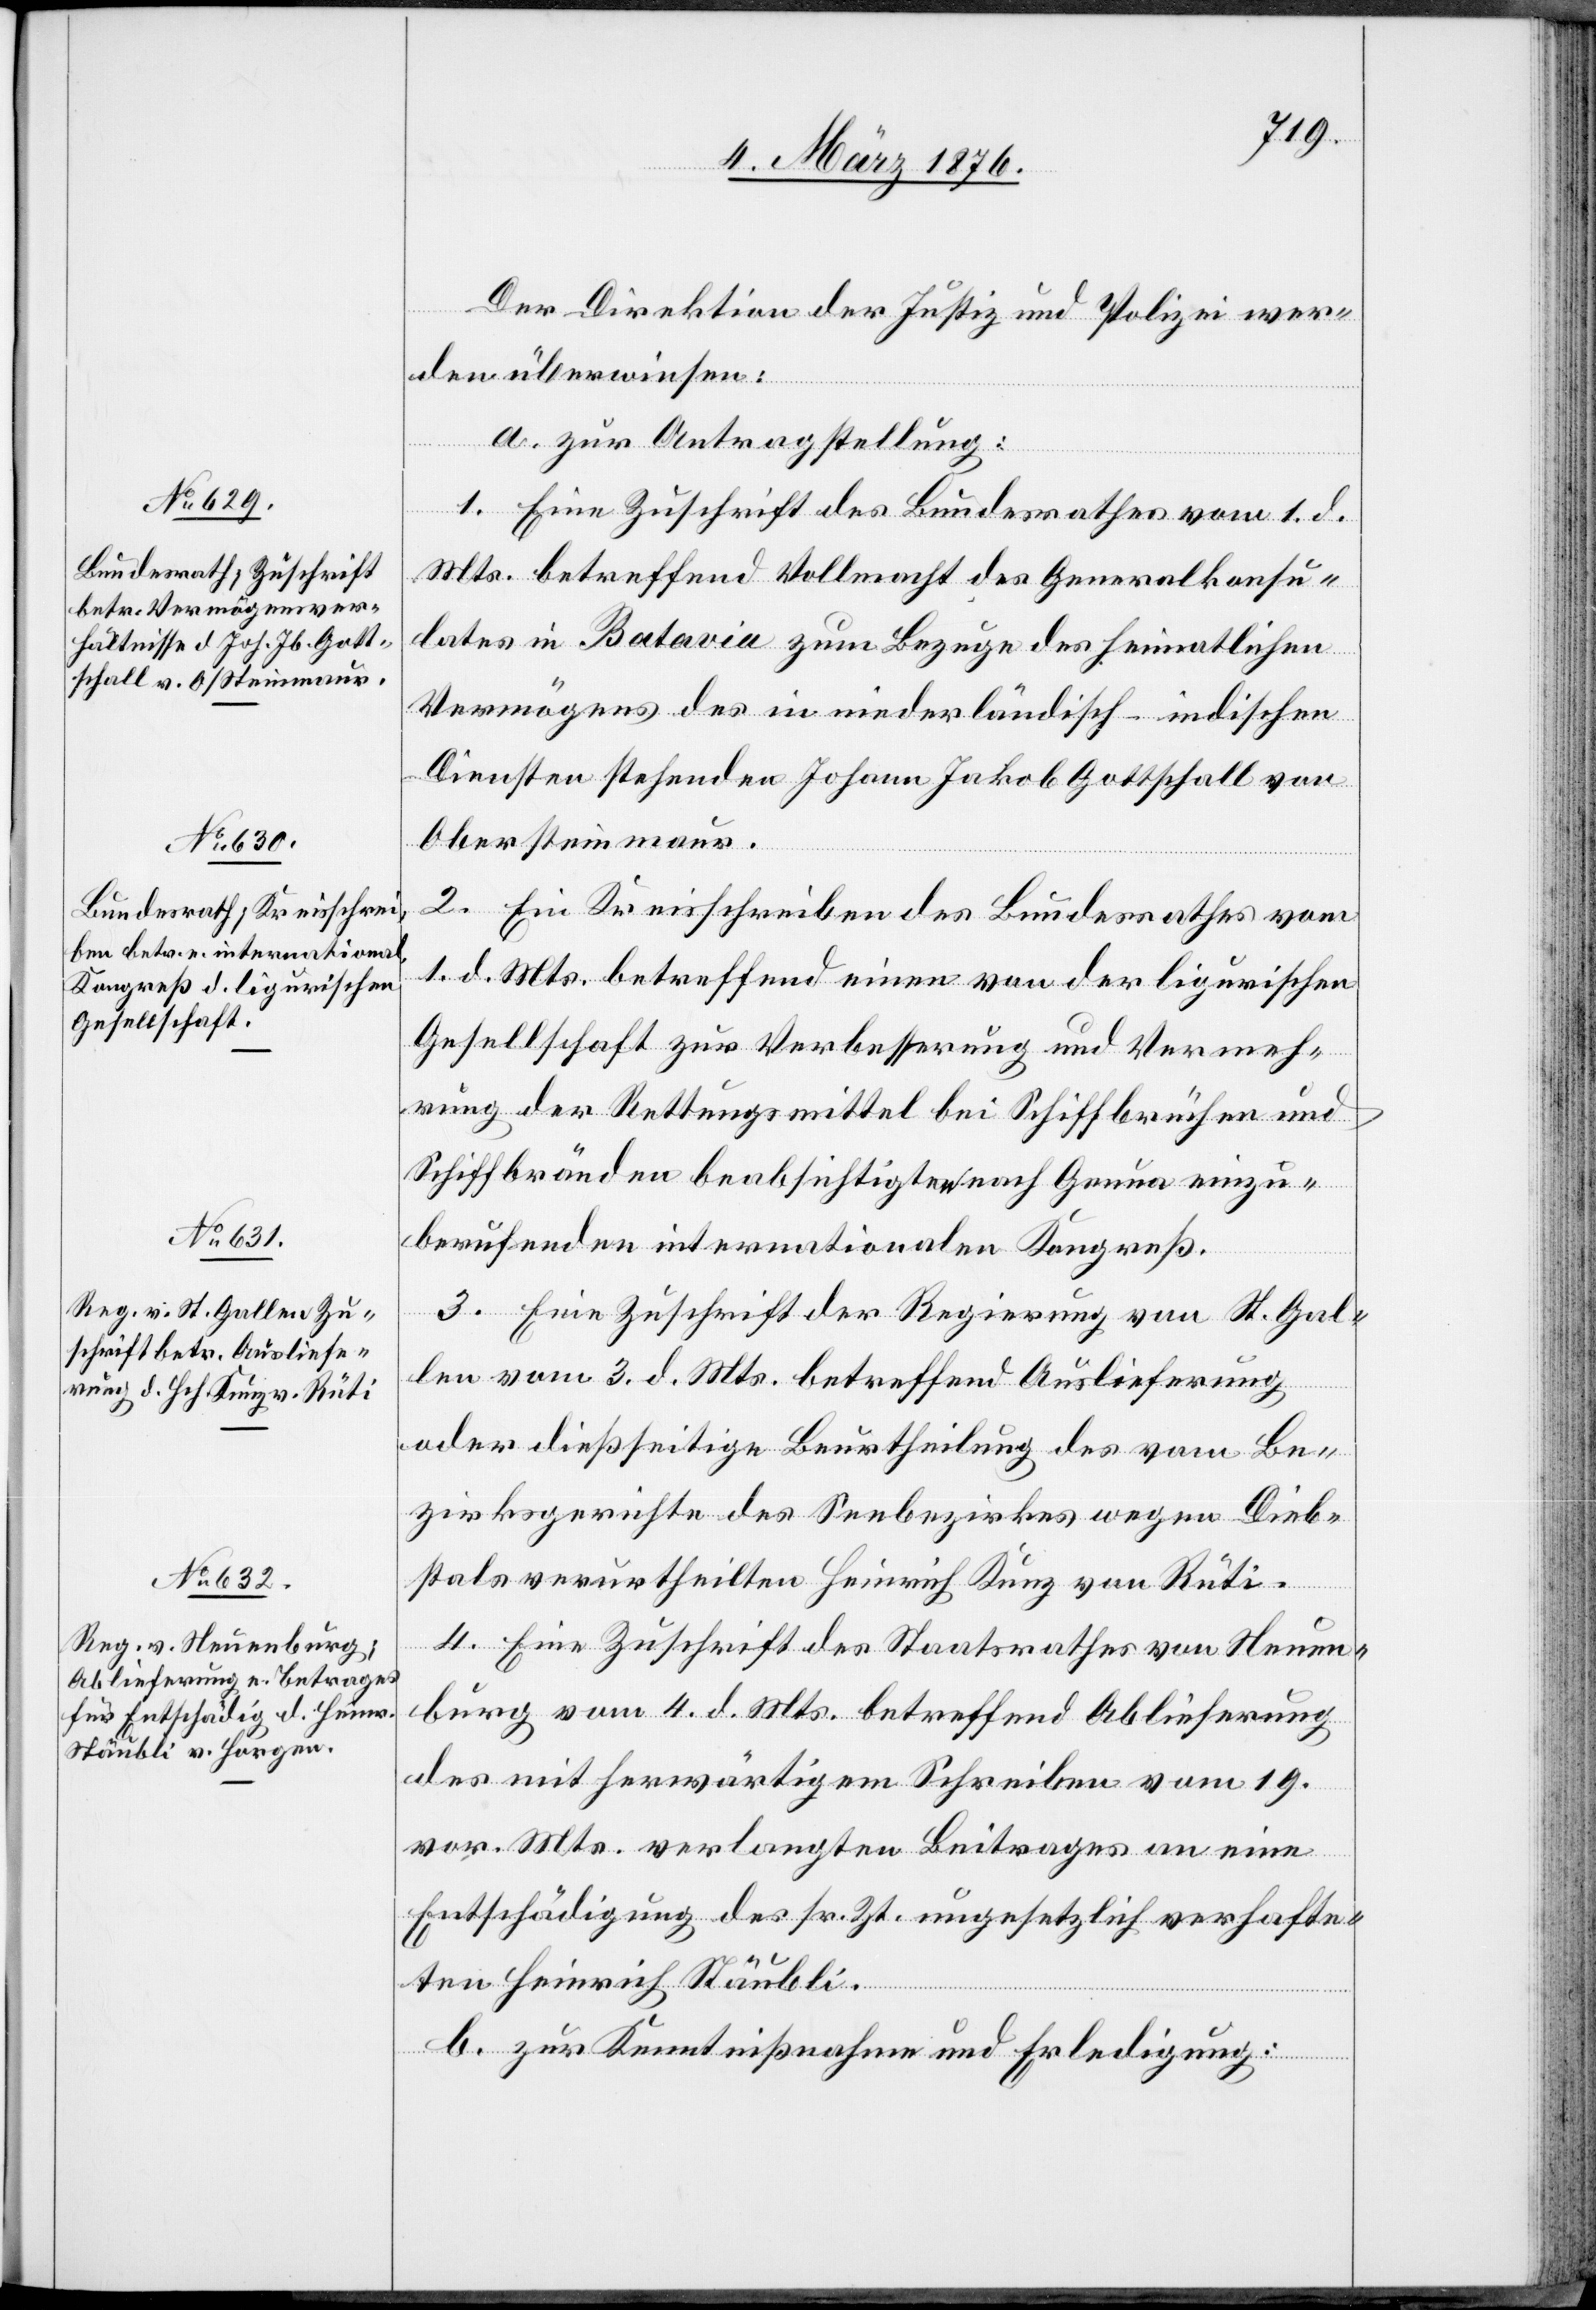
1876/0632]

7. März 1876.]
Der Direktion der Justiz und Polizei wir¬
d überwiesen:
a. zur Antragstellung:
1. Eine Zuschrift des Bundesrathes vom 1. d.
Mts. betreffend Vollmacht des Generalkonsu¬
lates in Batavia zum Bezuge des heimatlichen
Vermögens des in niederländisch-indischen
Diensten stehenden Johann Jakob Gottschall von
Obersteinmaur.
2. Ein Kreisschreiben des Bundesrathes vom
1. d. Mts. betreffend einen von der ligurischen
Gesellschaft zur Verbesserung und Vermeh¬
rung der Rettungsmittel bei Schiffbrüchen und
Schiffbränden beabsichtigten nach Genua einzu¬
berufenden internationalen Kongreß.
3. Eine Zuschrift der Regierung von St. Gal¬
len vom 3. d. Mts. betreffend Auslieferung
oder dießseitige Beurteilung des vom Be¬
zirksgerichte des Seebezirkes wegen Dieb¬
stals verurtheilten Heinrich Kunz von Rüti.
4. Eine Zuschrift des Staatsrathes von Neuen¬
burg vom 4. d. Mts. betreffend Ablieferung
des mit herwärtigem Schreiben vom 19.
vor. Mts. verlangten Beitrages an eine
Entschädigung des sr. Zt. ungesetzlich verhafte¬
ten Heinrich Stäubli.
b. zur Kenntnißnahme und Erledigung: